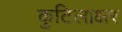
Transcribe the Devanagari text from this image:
कुटिलाक्षर